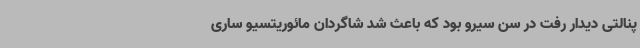
پنالتی دیدار رفت در سن سیرو بود که باعث شد شاگردان مائوریتسیو ساری